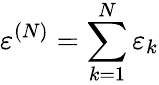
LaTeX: \varepsilon^{(N)}=\sum_{k=1}^{N}\varepsilon_{k}